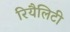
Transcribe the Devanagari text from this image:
रियैलिटी